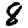
Digit: 8